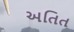
અતિત